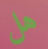
هل